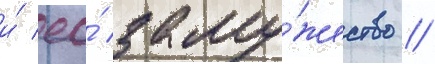
и́ ео́ заму́жество //